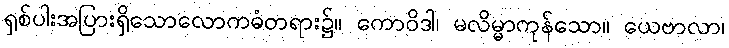
ရှစ်ပါးအပြားရှိသောလောကဓံတရား၌။ ကောဝိဒါ၊ မလိမ္မာကုန်သော။ ယေဗာလာ၊